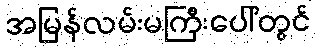
အမြန်လမ်းမကြီးပေါ်တွင်